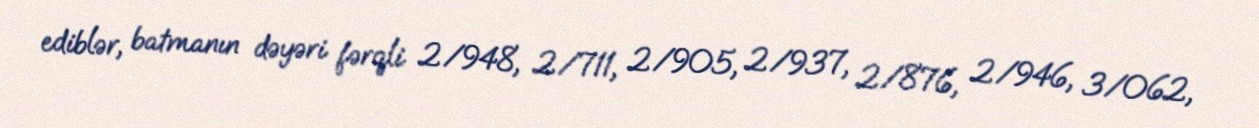
ediblər, batmanın dəyəri fərqli 2/948, 2/711, 2/905, 2/937, 2/876, 2/946, 3/062,